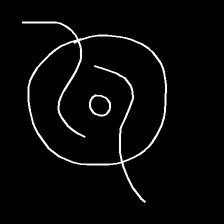
Glyph: repetition